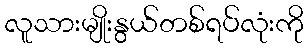
လူသားမျိုးနွယ်တစ်ရပ်လုံးကို